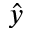
\hat { y }